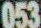
053